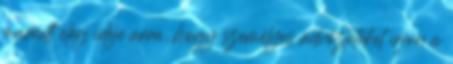
maradt elég ideje arra, hogy személyes üdvözleteket írjon a